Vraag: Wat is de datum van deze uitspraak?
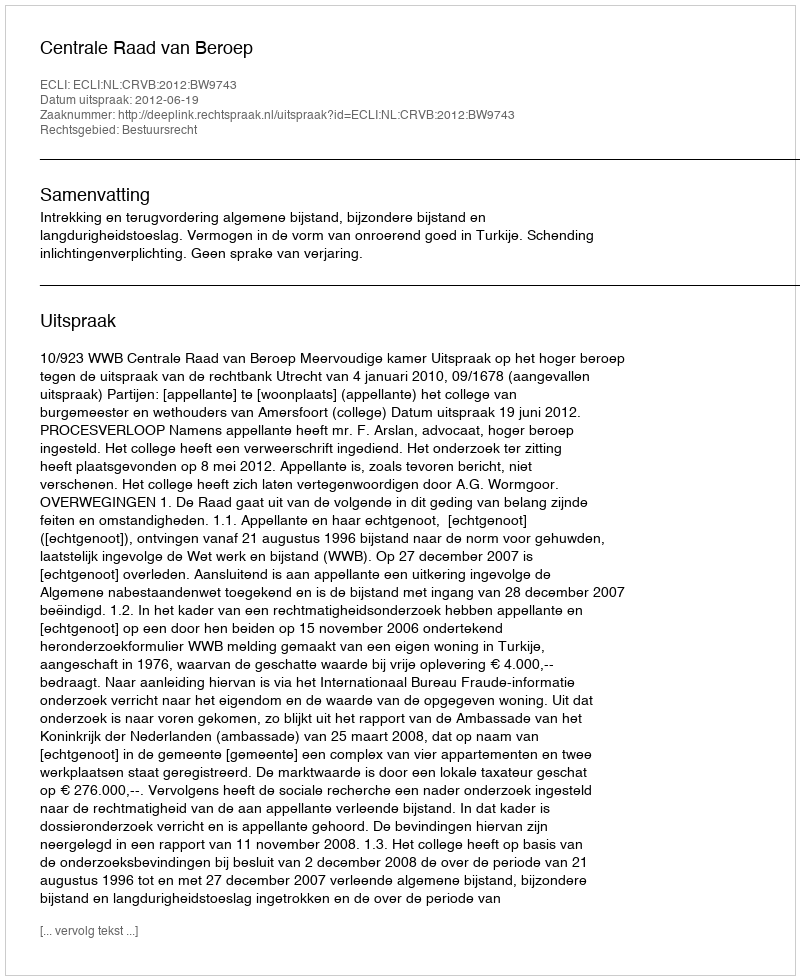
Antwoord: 2012-06-19